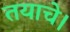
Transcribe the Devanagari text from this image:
तयाचे।